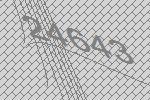
24643